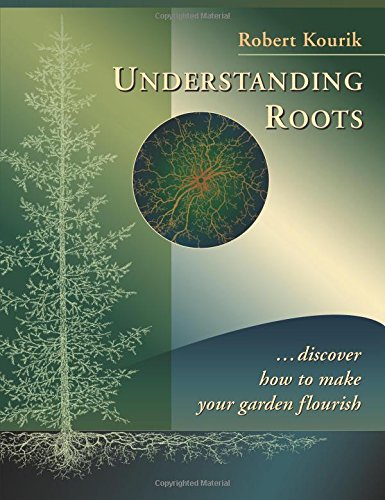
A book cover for Understanding Roots: Discover How to Make Your Garden Flourish; Robert Kourik; Crafts, Hobbies & Home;